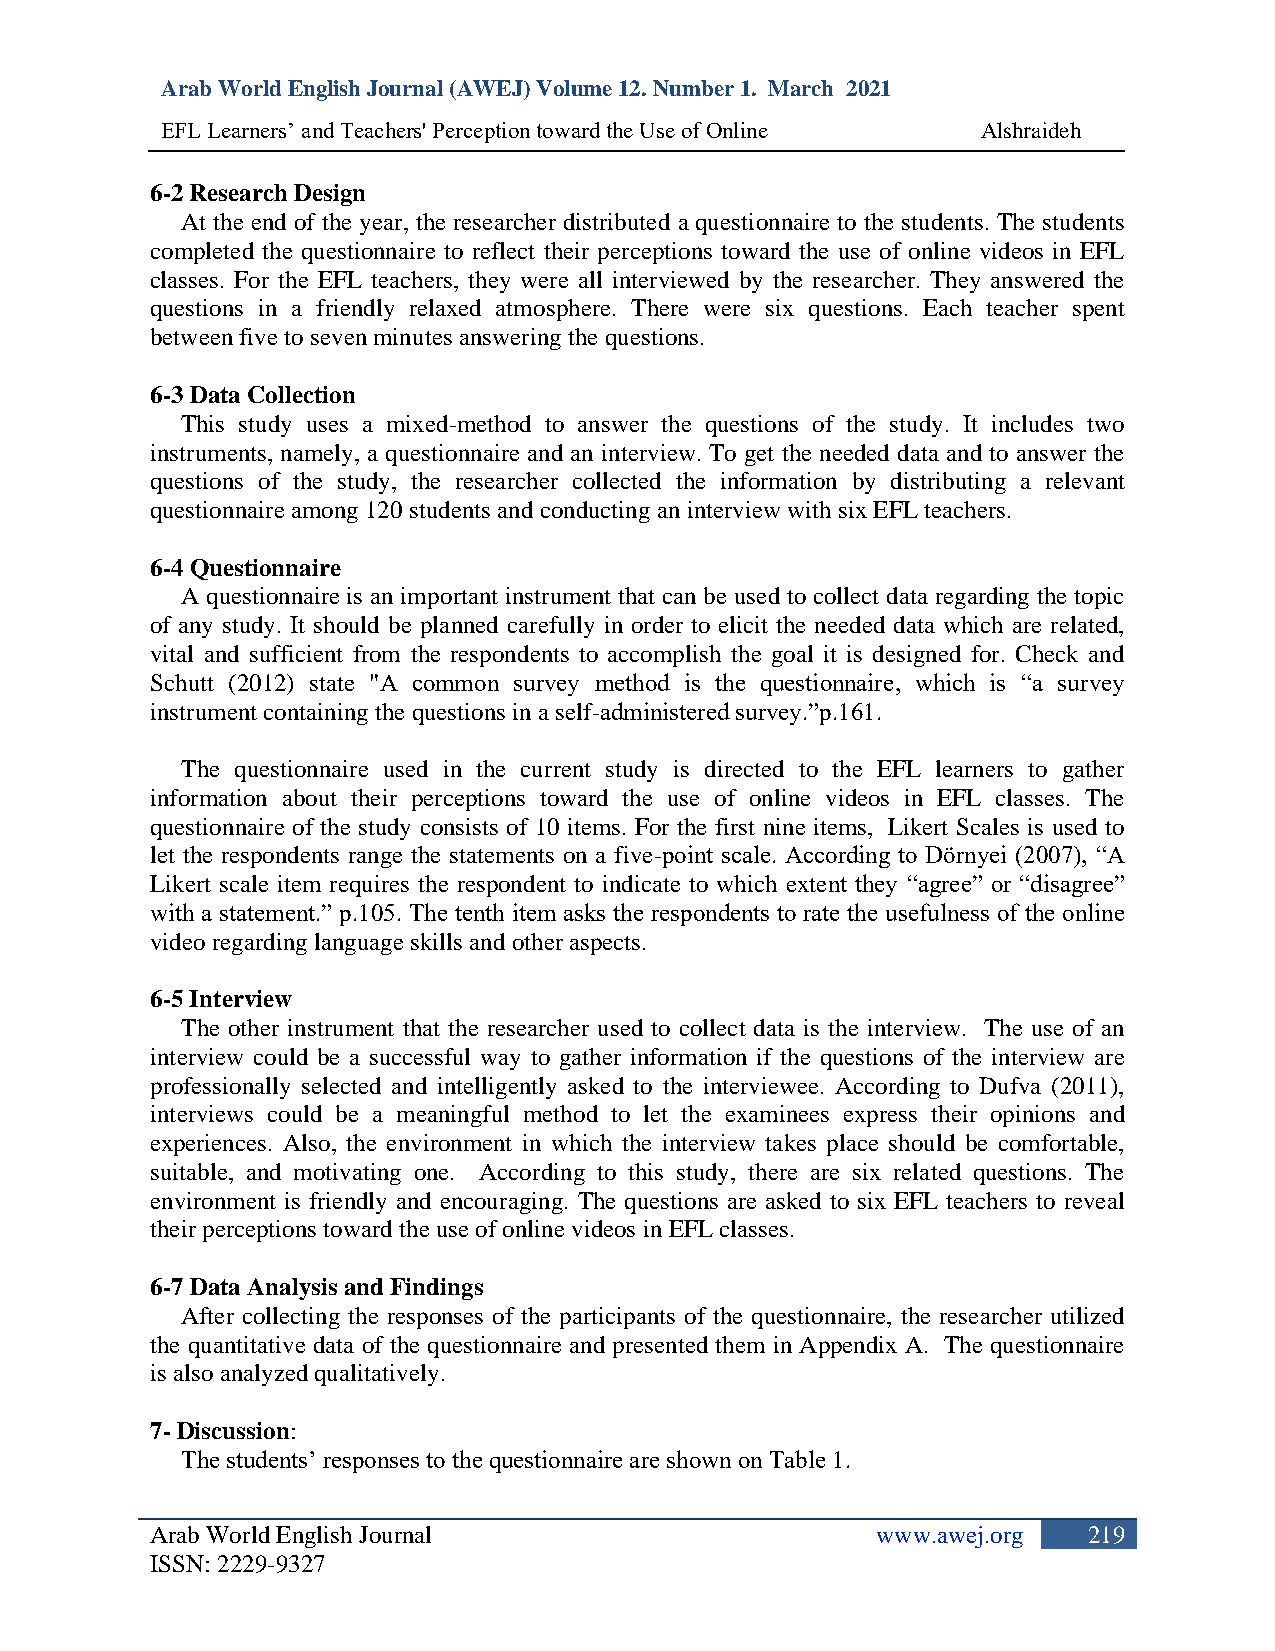
Arab World English Journal (AWEJ) Volume 12. Number 1. March 2021
 EFL Learners’ and Teachers' Perception toward the Use of Online Alshraideh
 6-2 Research Design
 At the end of the year, the researcher distributed a questionnaire to the students. The students
 completed the questionnaire to reflect their perceptions toward the use of online videos in EFL
 classes. For the EFL teachers, they were all interviewed by the researcher. They answered the
 questions in a friendly relaxed atmosphere. There were six questions. Each teacher spent
 between five to seven minutes answering the questions.
 6-3 Data Collection
 This study uses a mixed-method to answer the questions of the study. It includes two
 instruments, namely, a questionnaire and an interview. To get the needed data and to answer the
 questions of the study, the researcher collected the information by distributing a relevant
 questionnaire among 120 students and conducting an interview with six EFL teachers.
 6-4 Questionnaire
 A questionnaire is an important instrument that can be used to collect data regarding the topic
 of any study. It should be planned carefully in order to elicit the needed data which are related,
 vital and sufficient from the respondents to accomplish the goal it is designed for. Check and
 Schutt (2012) state "A common survey method is the questionnaire, which is “a survey
 instrument containing the questions in a self-administered survey.”p.161.
 The questionnaire used in the current study is directed to the EFL learners to gather
 information about their perceptions toward the use of online videos in EFL classes. The
 questionnaire of the study consists of 10 items. For the first nine items, Likert Scales is used to
 let the respondents range the statements on a five-point scale. According to Dörnyei (2007), “A
 Likert scale item requires the respondent to indicate to which extent they “agree” or “disagree”
 with a statement.” p.105. The tenth item asks the respondents to rate the usefulness of the online
 video regarding language skills and other aspects.
 6-5 Interview
 The other instrument that the researcher used to collect data is the interview. The use of an
 interview could be a successful way to gather information if the questions of the interview are
 professionally selected and intelligently asked to the interviewee. According to Dufva (2011),
 interviews could be a meaningful method to let the examinees express their opinions and
 experiences. Also, the environment in which the interview takes place should be comfortable,
 suitable, and motivating one. According to this study, there are six related questions. The
 environment is friendly and encouraging. The questions are asked to six EFL teachers to reveal
 their perceptions toward the use of online videos in EFL classes.
 6-7 Data Analysis and Findings
 After collecting the responses of the participants of the questionnaire, the researcher utilized
 the quantitative data of the questionnaire and presented them in Appendix A. The questionnaire
 is also analyzed qualitatively.
 7- Discussion:
 The students’ responses to the questionnaire are shown on Table 1.
 Arab World English Journal                      www.awej.org  219
 ISSN: 2229-9327